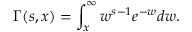
\Gamma ( s , x ) = \int _ { x } ^ { \infty } w ^ { s - 1 } e ^ { - w } d w .